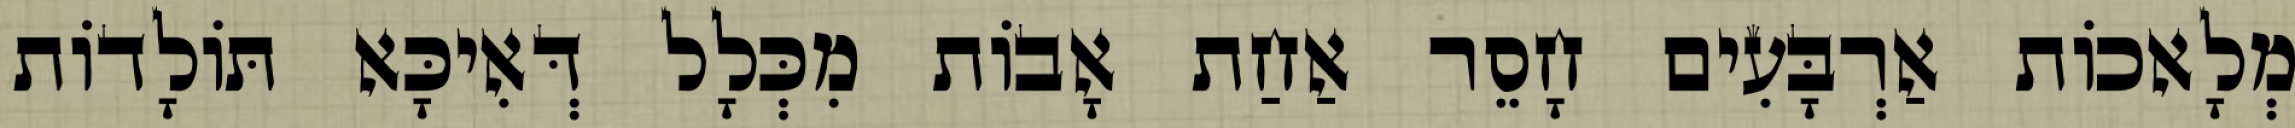
מְלָאכוֹת אַרְבָּעִים חָסֵר אַחַת אָבוֹת מִכְּלָל דְּאִיכָּא תּוֹלָדוֹת